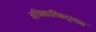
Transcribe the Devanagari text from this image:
अधिकारिकदृष्ट्या